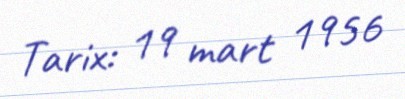
Tarix: 19 mart 1956